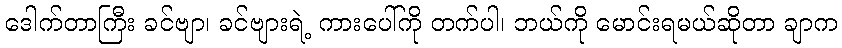
ဒေါက်တာကြီး ခင်ဗျာ၊ ခင်ဗျားရဲ့ ကားပေါ်ကို တက်ပါ၊ ဘယ်ကို မောင်းရမယ်ဆိုတာ ချာက